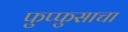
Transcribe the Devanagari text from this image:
फुप्फुसाचा